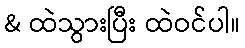
& ထဲသွားပြီး ထဲဝင်ပါ။